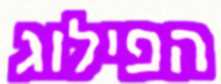
הפילוג